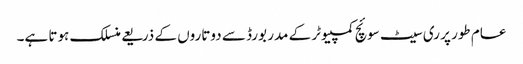
عام طور پر ری سیٹ سوئچ کمپیوٹر کے مدر بورڈ سے دوتاروں کے ذریعے منسلک ہوتا ہے۔